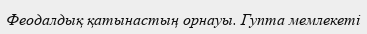
Феодалдық қатынастың орнауы. Гупта мемлекеті